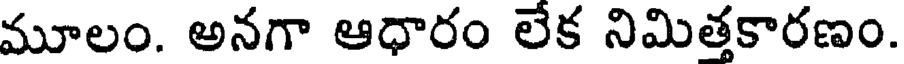
మూలం. అనగా ఆధారం లేక నిమిత్తకారణం.